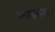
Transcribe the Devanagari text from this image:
फ़्लाइव्हील